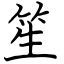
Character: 笙